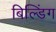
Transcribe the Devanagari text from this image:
बिल्‍डिंग